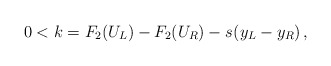
\begin{align*}0<k=F_2(U_L)-F_2(U_R)-s_{}(y_{L}-y_{R})\,,\end{align*}